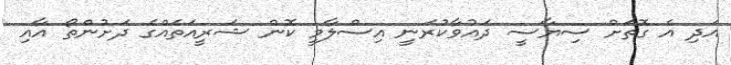
އަދި އެ ގޮތަށް ސިޔާސީ ދައުވާކުރަނީ އިސްލާމީ ކޮން ޝަރީއަތެއްގެ ދަށުންތޯ އާއި